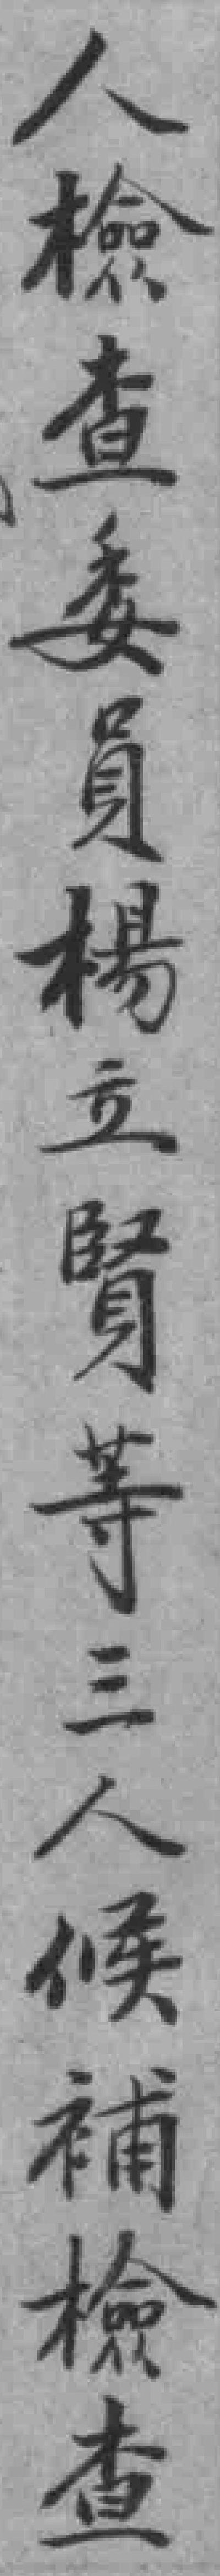
人檢查委員楊立賢等三人候補檢查